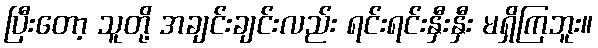
ပြီးတော့ သူတို့ အချင်းချင်းလည်း ရင်းရင်းနှီးနှီး မရှိကြဘူး။